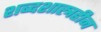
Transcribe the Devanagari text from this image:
शब्दशास्त्रहीन